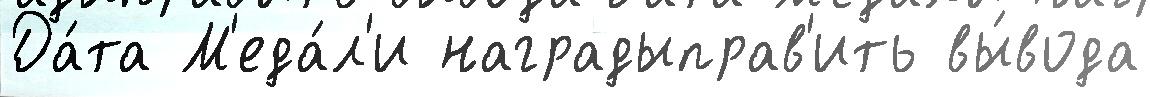
Да́та М'еда́л'и наградыправ'ить вы́вода